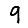
Digit: 9